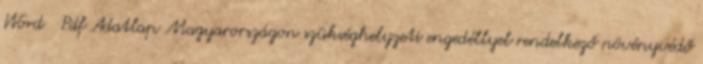
Word Pdf Adatlap Magyarországon szükséghelyzeti engedéllyel rendelkező növényvédő